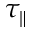
\tau _ { \parallel }